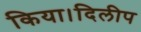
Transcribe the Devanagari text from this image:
किया।दिलीप